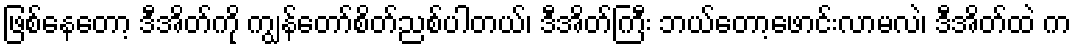
ဖြစ်နေတော့ ဒီအိတ်ကို ကျွန်တော်စိတ်ညစ်ပါတယ်၊ ဒီအိတ်ကြီး ဘယ်တော့ဖောင်းလာမလဲ၊ ဒီအိတ်ထဲ က